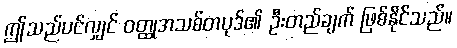
ဤသည်ပင်လျှင် ဝတ္ထုအသစ်တပုဒ်၏ ဦးတည်ချက် ဖြစ်နိုင်သည်။